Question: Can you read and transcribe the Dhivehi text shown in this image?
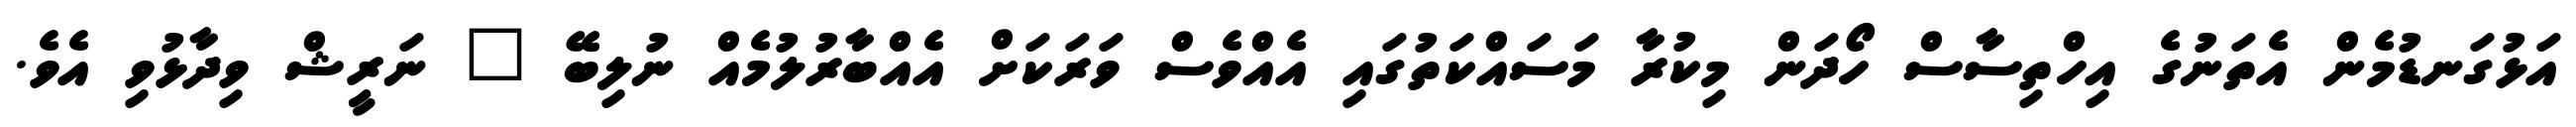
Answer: އަޅުގަނޑުމެން އެތަނުގެ އިހްތިސާސް ހޯދަން މިކުރާ މަސައްކަތުގައި އެއްވެސް ވަރަކަށް އެއްބާރުލުމެއް ނުލިބޭ " ނަރީޝް ވިދާޅުވި އެވެ.